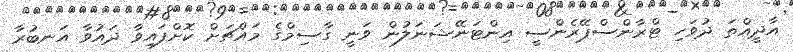
އާދީއްތަ ދުވަހި ޓްރާންސްޕޭރެންސީ އިންޓަނޭޝަނަލުން ވަނީ ގާސިމްގެ މައްޗަށް ކޮށްފައިވާ ދައުވާ އަނބުރާ